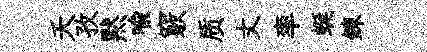
夭孜黙喻竅质丈率蜒鍊